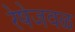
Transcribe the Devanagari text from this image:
रेषेजवळ